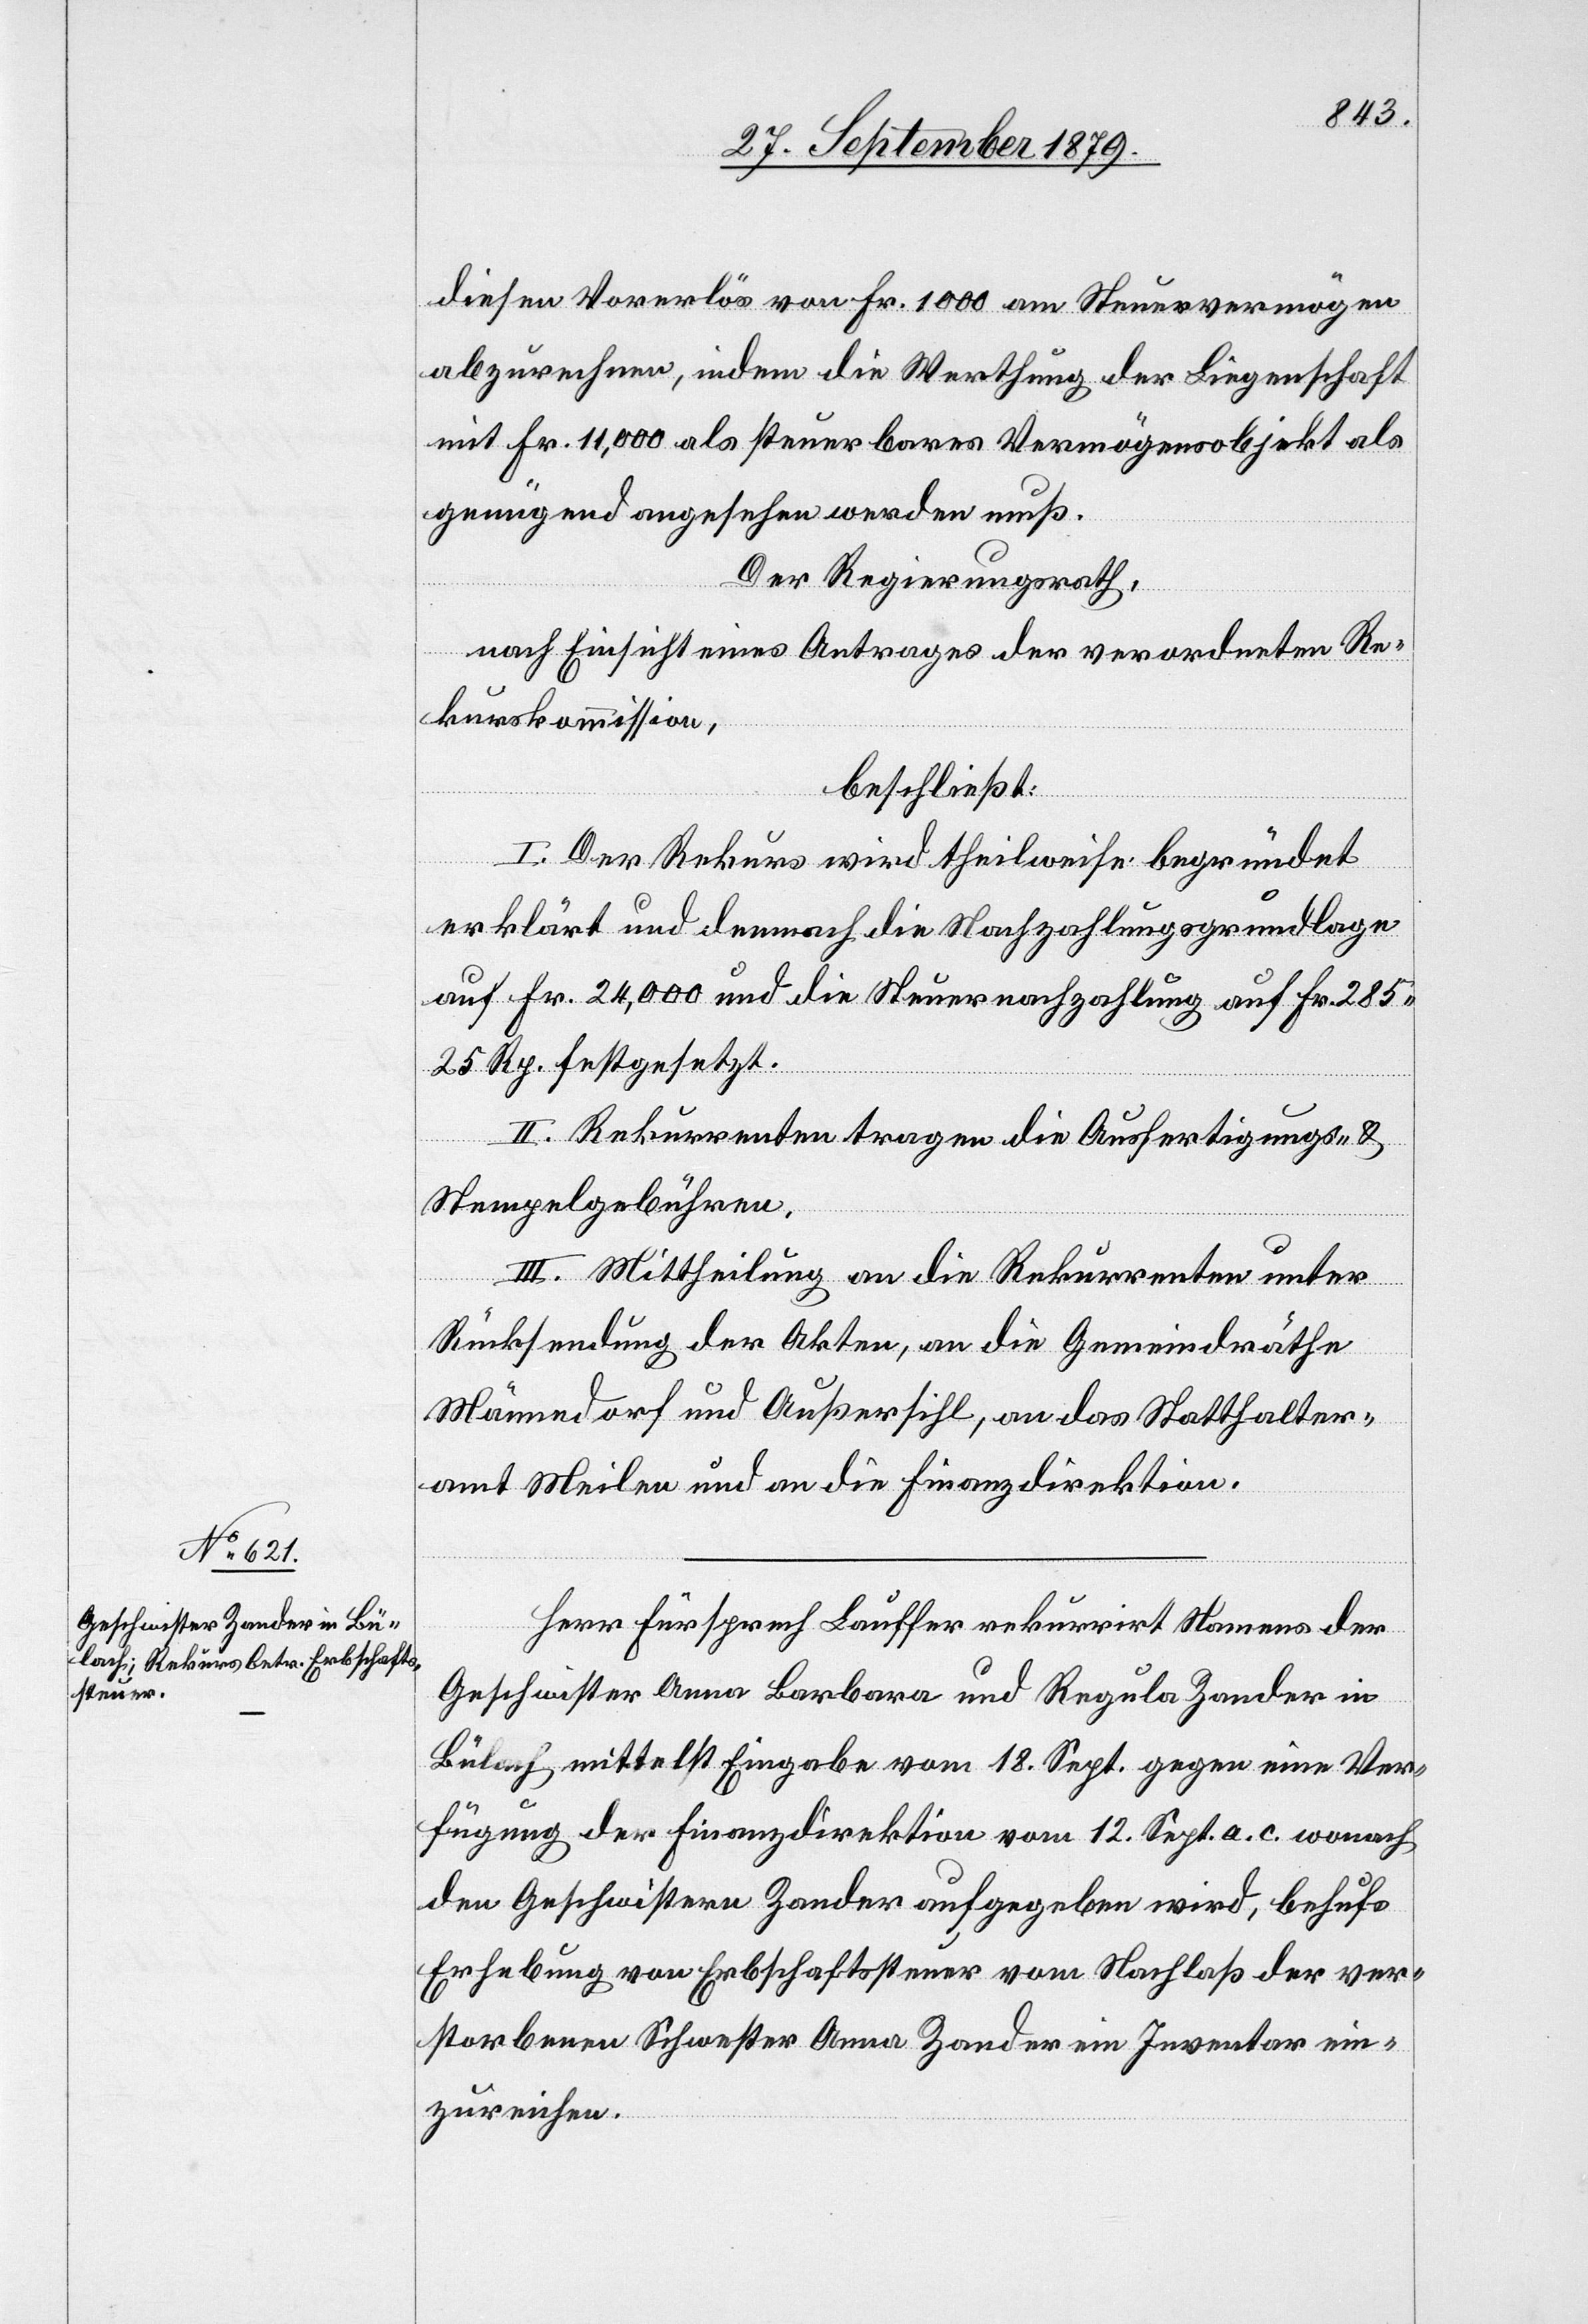
diesen Vorerlös von Fr. 10,000 am Steuervermögen
abzurechnen, indem die Werthung der Liegenschaft
mit Fr. 11,000 als steuerbares Vermögensobjekt als
genügend angesehen werden muß.
Der Regierungsrath,
nach Einsicht eines Antrages der verordneten Re¬
kurskommission,
beschließt:
I. Der Rekurs wird theilweise begründet
erklärt und demnach die Nachzahlungsgrundlage
auf Fr. 24,000 und die Steuernachzahlung auf Fr. 285
25 Rp. festgesetzt.
II. Rekurrenten tragen die Ausfertigungs- &
Stempelgebühren.
III. Mittheilung an die Rekurrenten unter
Rücksendung der Akten, an die Gemeindräthe
Männedorf und Außersihl, an das Statthalter¬
amt Meilen und an die Finanzdirektion.
Herr Fürsprech Lauffer rekurrirt Namens der
Geschwister Anna Barbara und Regula Zander in
Bülach mittelst Eingabe vom 18. Sept. gegen eine Ver¬
fügung der Finanzdirektion vom 12. Sept. a. c. wonach
den Geschwistern Zander aufgegeben wird, behufs
Erhebung von Erbschaftssteuer vom Nachlaß der ver¬
storbenen Schwester Anna Zander ein Inventar ein¬
zureichen.